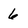
Character: 6